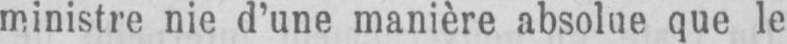
ministre nie d’une manière absolue que le